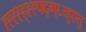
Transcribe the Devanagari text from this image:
ह्ह्ह्ह्ह्ह्ह्फ्द्ग्६य्हुएतु